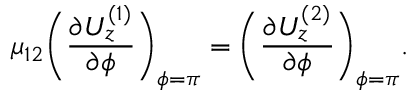
\mu _ { 1 2 } \bigg ( \frac { \partial U _ { z } ^ { ( 1 ) } } { \partial \phi } \bigg ) _ { \phi = \pi } = \bigg ( \frac { \partial U _ { z } ^ { ( 2 ) } } { \partial \phi } \bigg ) _ { \phi = \pi } .